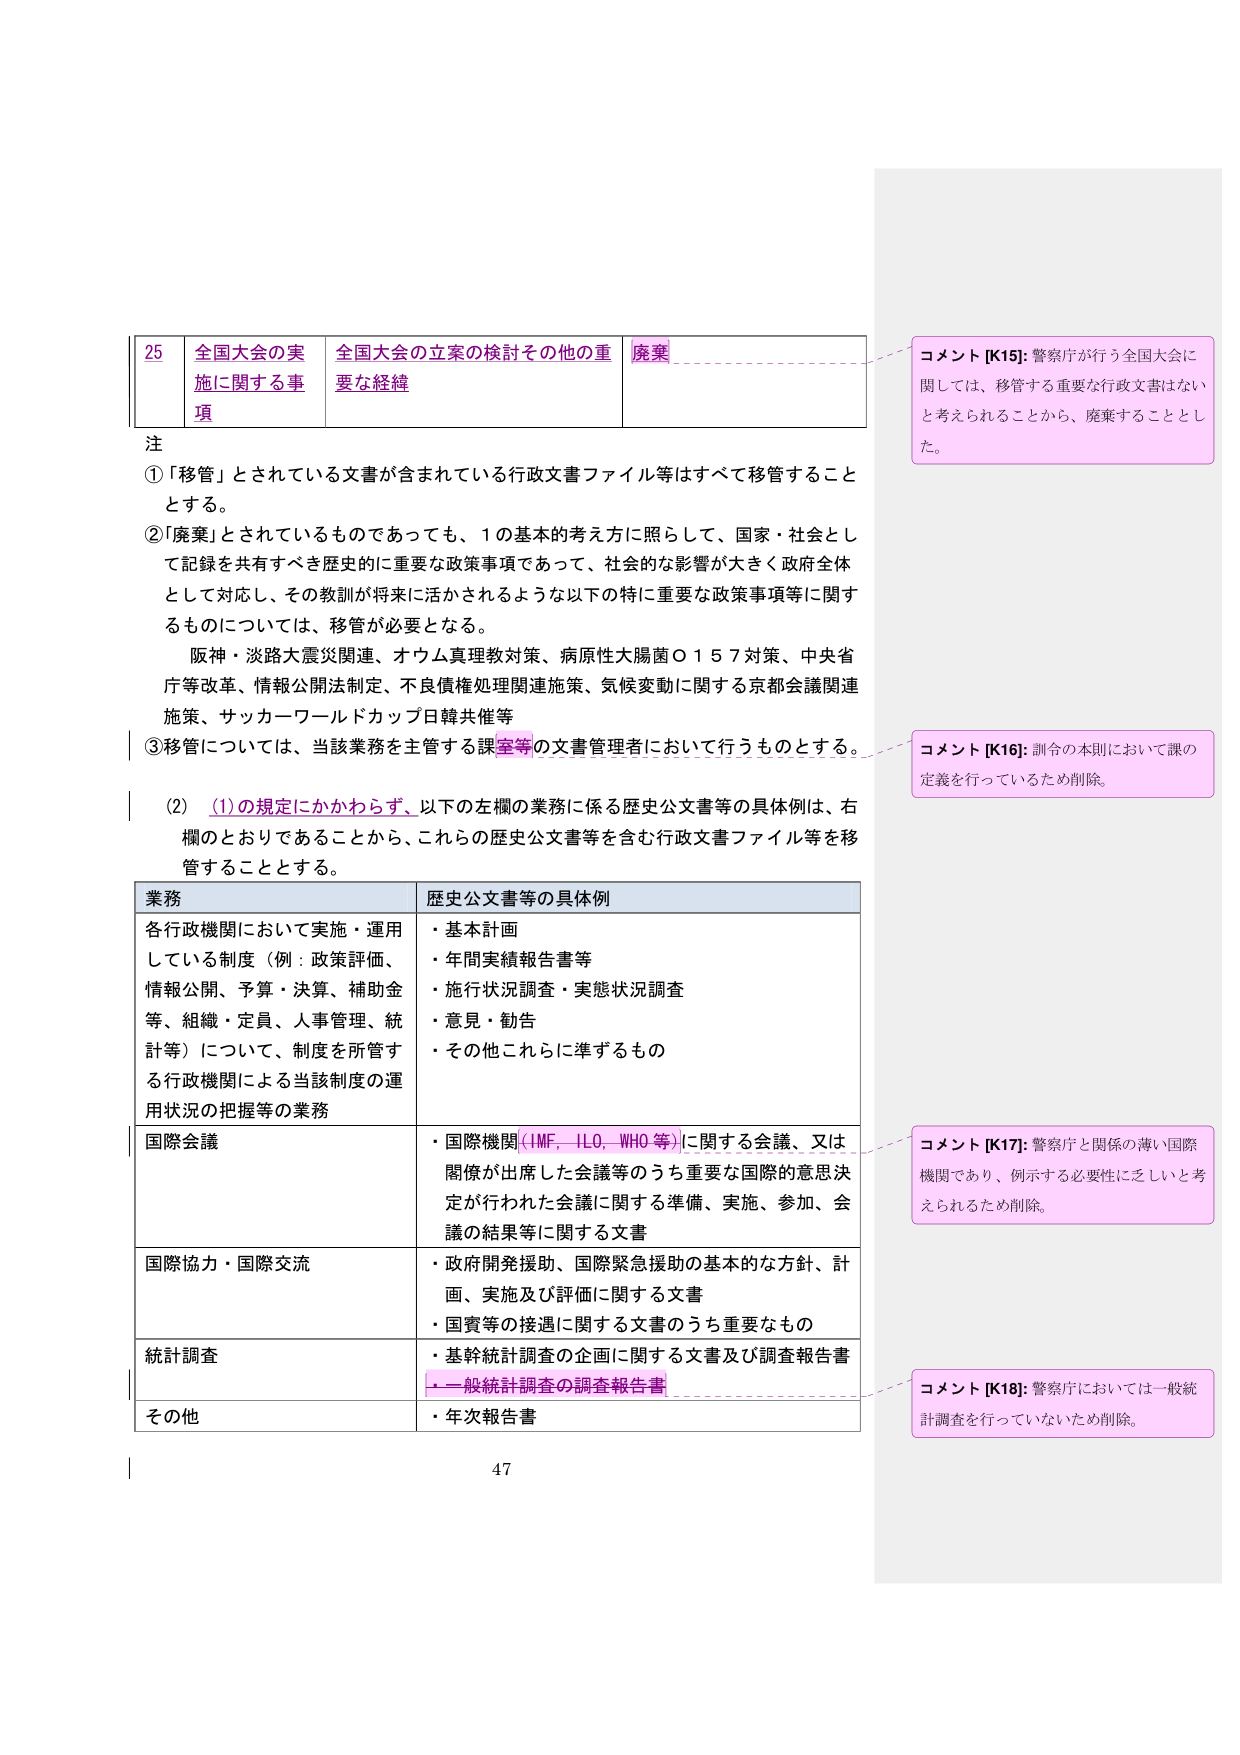
25 全国大会の実施に関する事項 全国大会の立案の検討その他の重要な経緯 廃棄

注
①「移管」とされている文書が含まれている行政文書ファイル等はすべて移管することとする。
②「廃棄」とされているものであっても、1の基本的考え方に照らして、国家・社会として記録を共有すべき歴史的に重要な政策事項であって、社会的な影響が大きく政府全体として対応し、その教訓が将来に活かされるような以下の特に重要な政策事項等に関するものについては、移管が必要となる。
阪神・淡路大震災関連、オウム真理教対策、病原性大腸菌Ｏ１５７対策、中央省庁等改革、情報公開法制定、不良債権処理関連施策、気候変動に関する京都会議関連施策、サッカーワールドカップ日韓共催等
③移管については、当該業務を主管する課室等の文書管理者において行うものとする。

(2) (1)の規定にかかわらず、以下の左欄の業務に係る歴史公文書等の具体例は、右欄のとおりであることから、これらの歴史公文書等を含む行政文書ファイル等を移管することとする。

業務 歴史公文書等の具体例
各行政機関において実施・運用している制度（例：政策評価、情報公開、予算・決算、補助金等、組織・定員、人事管理、統計等）について、制度を所管する行政機関による当該制度の運用状況の把握等の業務
・基本計画
・年間実績報告書等
・施行状況調査・実態状況調査
・意見・勧告
・その他これらに準ずるもの

国際会議
・国際機関（IMF, ILO, WHO等）に関する会議、又は関係が出席した会議等のうち重要な国際的意思決定が行われた会議に関する準備、実施、参加、会議の結果等に関する文書

国際協力・国際交流
・政府開発援助、国際緊急援助の基本的な方針、計画、実施及び評価に関する文書
・国賓等の接遇に関する文書のうち重要なもの

統計調査
・基幹統計調査の企画に関する文書及び調査報告書
・一般統計調査の調査報告書

その他
・年次報告書

47

コメント [K15]: 警察庁が行う全国大会に関しては、移管する重要な行政文書はないと考えられることから、廃棄することとした。

コメント [K16]: 訓令の本則において課の定義を行っているため削除。

コメント [K17]: 警察庁と関係の薄い国際機関であり、例示する必要性に乏しいと考えられるため削除。

コメント [K18]: 警察庁においては一般統計調査を行っていないため削除。